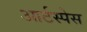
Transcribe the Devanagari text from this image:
आर्टस्पेस